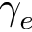
\gamma _ { e }